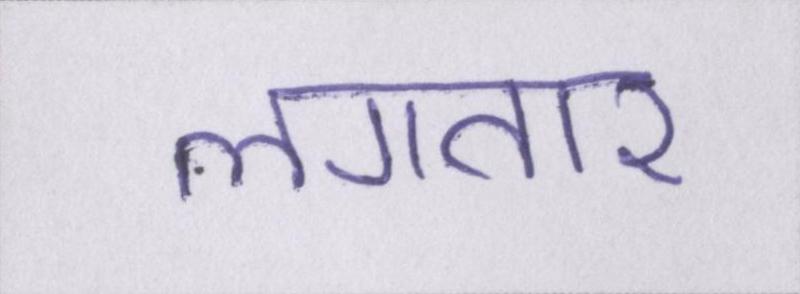
लगतार